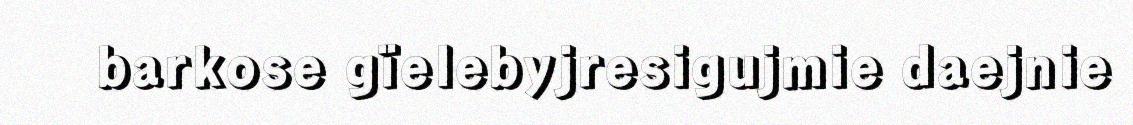
barkose gïelebyjresigujmie daejnie